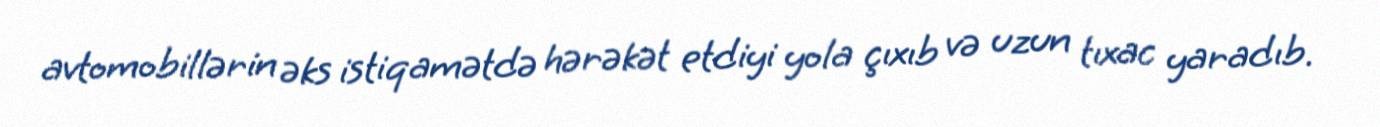
avtomobillərin əks istiqamətdə hərəkət etdiyi yola çıxıb və uzun tıxac yaradıb.